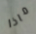
ماذا